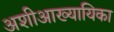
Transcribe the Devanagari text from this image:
अशीआख्यायिका